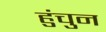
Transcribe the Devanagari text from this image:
हुंचुन